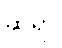
ဆိုရာ